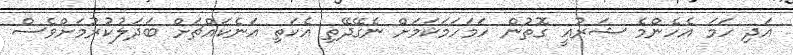
އަދި ހަމަ އެހެންމެ ޝަރުޢީ ގޮތުން ހަމަހަމަކަމަށް ނެގޭދޭތި އެކަތި އަނެކައްޗަށް ބަދަލުކުރުމަށްވެސް